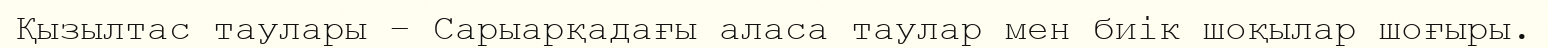
Қызылтас таулары – Сарыарқадағы аласа таулар мен биік шоқылар шоғыры.